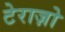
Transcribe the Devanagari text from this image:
टेराज़ो